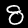
Label: 8